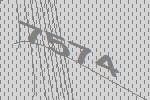
7574